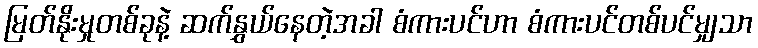
မြတ်နိုးမှုတစ်ခုနဲ့ ဆက်နွှယ်နေတဲ့အခါ စံကားပင်ဟာ စံကားပင်တစ်ပင်မျှသာ